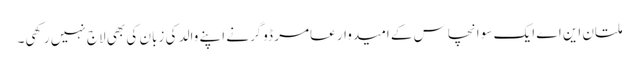
ملتان این اے ایک سو انچاس کے امیدوار عامر ڈوگرنے اپنے والد کی زبان کی بھی لاج نہیں رکھی۔